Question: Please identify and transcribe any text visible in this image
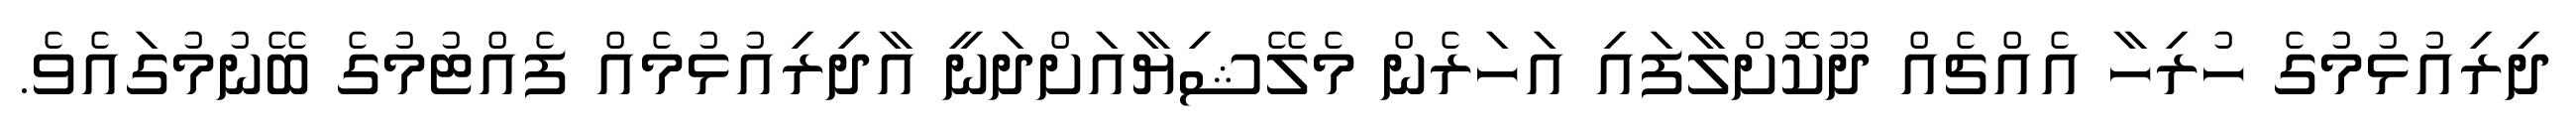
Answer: ދިރިއުޅުމުގެ ހުރިހާ އެއްޗެއް ދޫކޮށްލާފައި އަހަރެން މެލޭޝިޔާއަށްދަނީ އާދިރިއުޅުމެއް ފެއްޓުމުގެ ބޭނުމުގައެވެ.